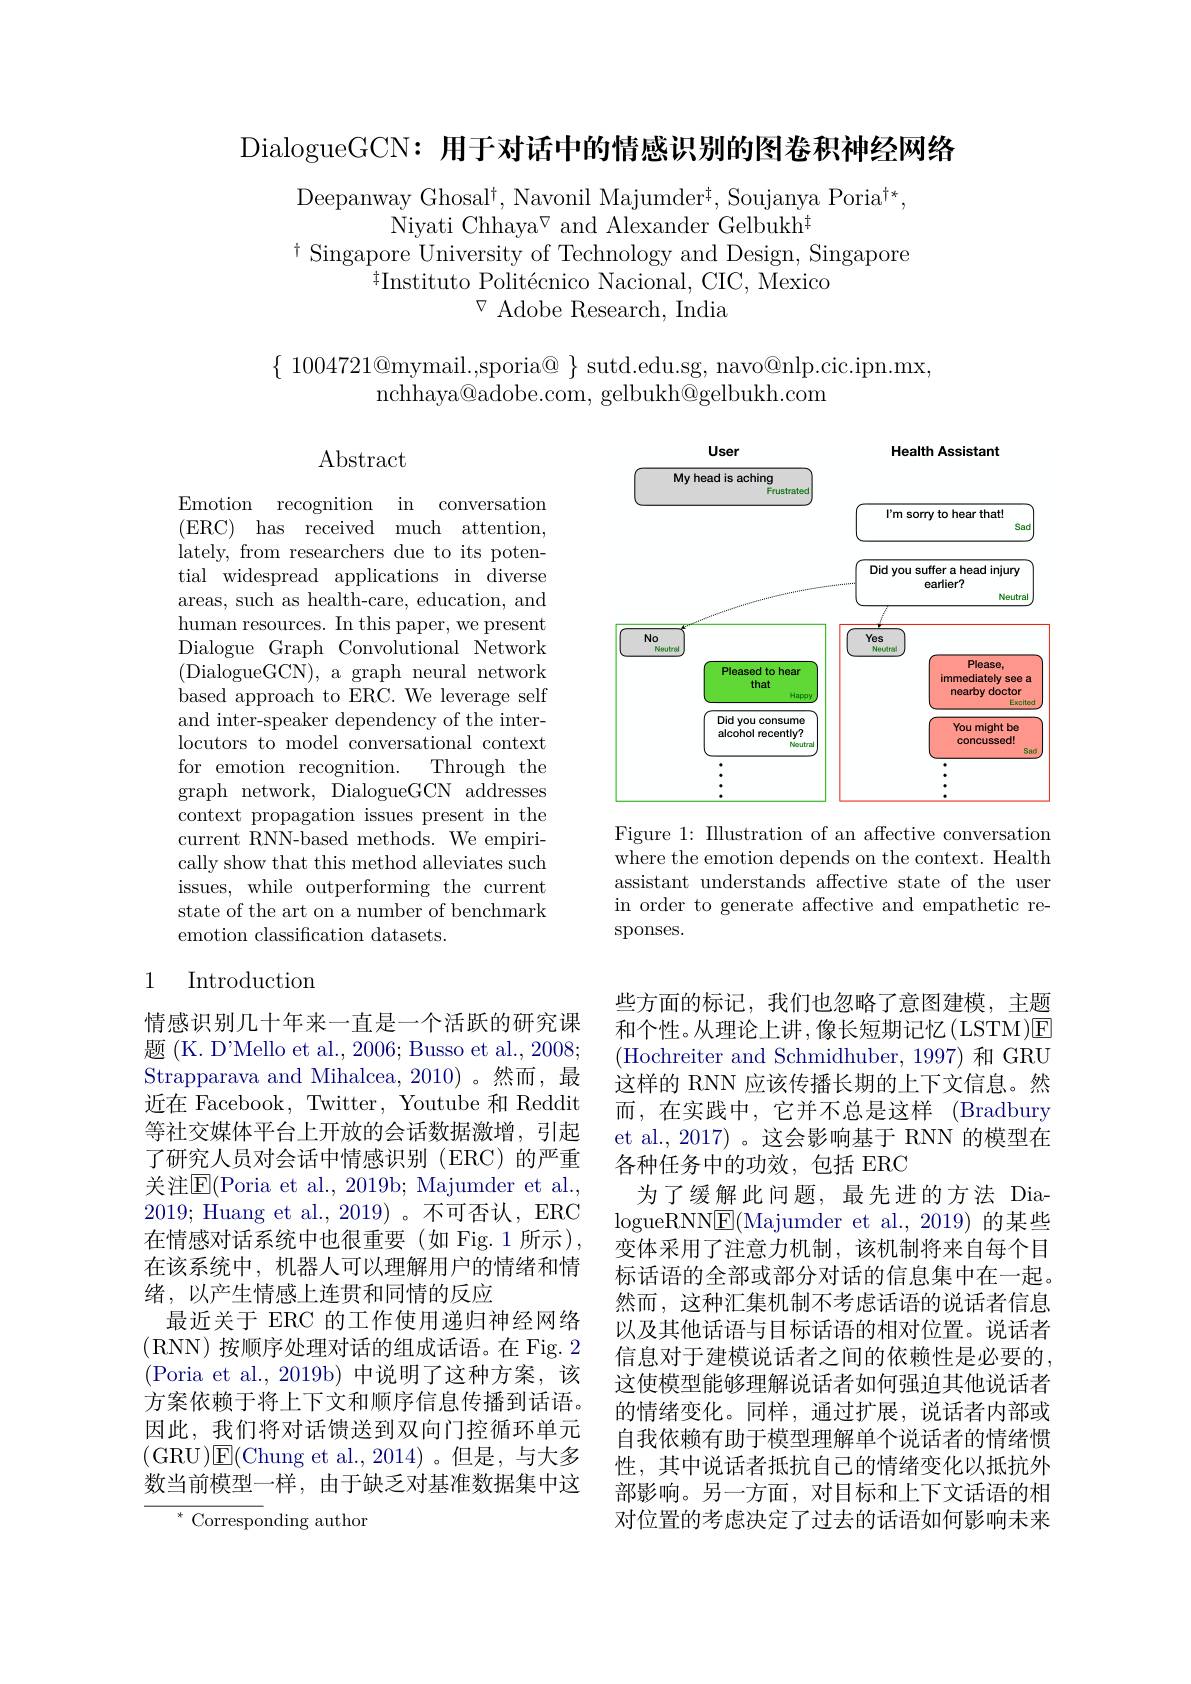
DialogueGCN: 用于对话中的情感识别的图卷积神经网络

Deepanway Ghosal$^\dagger$, Navonil Majumder$^\dagger$, Soujanya Poria$^\dagger*$,
Niyati Chhaya$^{\nabla}$ and Alexander Gelbukh$^{\#}$
$\dagger$ Singapore University of Technology and Design, Singapore
$^{\dagger}$Instituto Politécnico Nacional, CIC, Mexico
 Adobe Research, India

$\{$ 1004721@mymail.,sporia@ $\}$ sutd.edu.sg, navo@nlp.cic.ipn.mx
nchhaya@adobe.com, gelbukh@gelbukh.com

Abstract

<FigureHere>
Figure 1: Illustration of an affective conversation

Emotion recognition in conversation (ERC) has received much attention, lately, from researchers due to its potential widespread applications in diverse areas, such as health-care, education, and human resources. In this paper, we present Dialogue Graph Convolutional Network (DialogueGCN), a graph neural network based approach to ERC. We leverage self and inter-speaker dependency of the interlocutors to model conversational context for emotion recognition.
Through the
graph network, DialogueGCN addresses context propagation issues present in the current RNN-based methods. We empirically show that this method alleviates such issues, while outperforming the current state of the art on a number of benchmark emotion classification datasets.

where the emotion depends on the context. Health assistant understands affective state of the user in order to generate affective and empathetic responses.

## 1 Introduction

情感识别几十年来一直是一个活跃的研究课题 (K. D'Mello et al., 2006; Busso et al., 2008; Strapparava and Mihalcea, 2010) 。然而，最近在 Facebook, Twitter, Youtube 和 Reddit 等社交媒体平台上开放的会话数据激增，引起了研究人员对会话中情感识别(ERC)的严重关注$\overline{\mathrm{E}}($Poria et al., 2019b; Majumder et al., 2019; Huang et al., 2019)。不可否认，ERC 在情感对话系统中也很重要(如 Fig.1 所示), 在该系统中，机器人可以理解用户的情绪和情绪，以产生情感上连贯和同情的反应
最近关于 ERC 的工作使用递归神经网络(RNN)按顺序处理对话的组成话语。在 Fig. 2 (Poria et al.,2019b)中说明了这种方案，该方案依赖于将上下文和顺序信息传播到话语。因此，我们将对话馈送到双向门控循环单元(GRU)E(Chung et al.,2014)。但是，与大多数当前模型一样，由于缺乏对基准数据集中这

些方面的标记，我们也忽略了意图建模，主题和个性。从理论上讲，像长短期记忆(LSTM)E (Hochreiter and Schmidhuber, 1997) 和 GRU 这样的 RNN 应该传播长期的上下文信息。然而，在实践中，它并不总是这样(Bradbury et al.,2017)。这会影响基于 RNN 的模型在各种任务中的功效，包括 ERC
为了缓解此问题，最先进的方法 Dia- $\log$ueRNN$\boxed{\mathrm{E}}($Majumder et al.,2019)的某些变体采用了注意力机制，该机制将来自每个目标话语的全部或部分对话的信息集中在一起。然而，这种汇集机制不考虑话语的说话者信息以及其他话语与目标话语的相对位置。说话者信息对于建模说话者之间的依赖性是必要的， 这使模型能够理解说话者如何强迫其他说话者的情绪变化。同样，通过扩展，说话者内部或自我依赖有助于模型理解单个说话者的情绪惯性，其中说话者抵抗自己的情绪变化以抵抗外部影响。另一方面，对目标和上下文话语的相对位置的考虑决定了过去的话语如何影响未来

${^{*}\text{Correspo}}$nding author